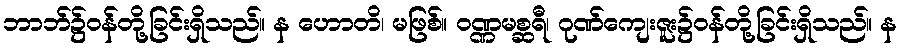
ဘာဘ်၌ဝန်တို့ခြင်းရှိသည်။ န ဟောတိ၊ မဖြစ်။ ဝဏ္ဏမစ္ဆရီ၊ ဂုဏ်ကျေးဇူး၌ဝန်တို့ခြင်းရှိသည်။ န